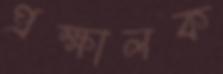
প্রক্ষালক